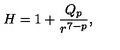
H = 1 + \frac { Q _ { p } } { r ^ { 7 - p } } ,